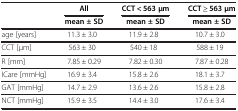
| <ROWSPAN=2>  | All | CCT < 563 μm | CCT ≥ 563 μm |
 | mean ± SD | mean ± SD | mean ± SD |
 | --- | --- | --- | --- |
 | age [years] | 11.3 ± 3.0 | 11.9 ± 2.8 | 10.7 ± 3.0 |
 | CCT [μm] | 563 ± 30 | 540 ± 18 | 588 ± 19 |
 | R [mm] | 7.85 ± 0.29 | 7.82 ± 0.30 | 7.87 ± 0.28 |
 | ICare [mmHg] | 16.9 ± 3.4 | 15.8 ± 2.6 | 18.1 ± 3.7 |
 | GAT [mmHg] | 14.7 ± 2.9 | 13.6 ± 2.6 | 15.8 ± 2.8 |
 | NCT [mmHg] | 15.9 ± 3.5 | 14.4 ± 3.0 | 17.6 ± 3.4 |